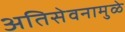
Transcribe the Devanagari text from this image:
अतिसेवनामुळे